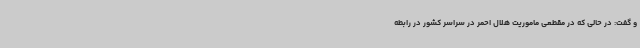
و گفت: در حالی که در مقطعی ماموریت هلال احمر در سراسر کشور در رابطه